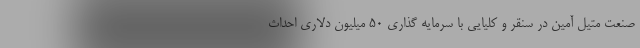
صنعت متیل آمین در سنقر و کلیایی با سرمایه گذاری ۵۰ میلیون دلاری احداث